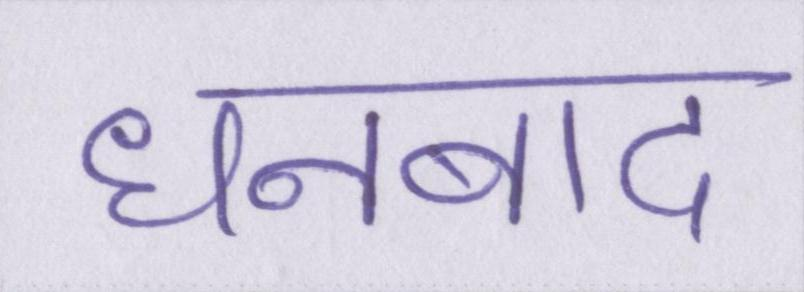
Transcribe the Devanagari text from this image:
धनबाद